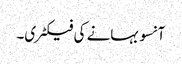
آنسو بہانے کی فیکٹری۔